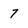
Character: 7